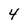
Character: 4